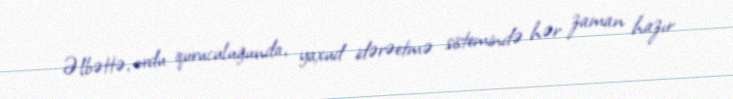
Əlbəttə, ordu quruculuğunda, yaxud idərəetmə sistemində hər zaman hazır